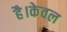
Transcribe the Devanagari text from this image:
है।केवल